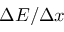
\Delta E / \Delta x